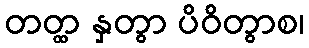
တတ္ထ နှတွာ ပိဝိတွာစ၊